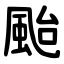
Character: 颱